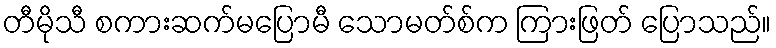
တီမိုသီ စကားဆက်မပြောမီ သောမတ်စ်က ကြားဖြတ် ပြောသည်။